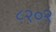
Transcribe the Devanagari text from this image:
८२०२